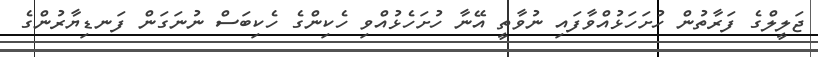
ޖަލީލްގެ ފަރާތުން ހުށަހަޅުއްވާފައި ނުވާތީ އޭނާ ހުށަހެޅުއްވި ހެކިންގެ ހެކިބަސް ނުނަގަން ފަނޑިޔާރުންގެ